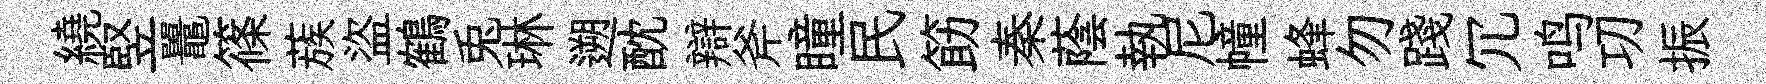
繞竪鼉篠蔟盜鶴兎琳遡酖辯斧瞳民筯秦蔭執尼幢蜂勿踐冗鸣㓛振